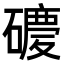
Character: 𥖂